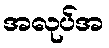
အလုပ်အ